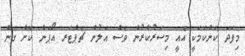
މިފަދަ ކަންކަމަކީ އެއީ މިސަރުކާރުން ވެސް އަލުން ޗެޕްޓަރ އޯޕަން ކޮށް ގެން